General report no. 6 on the lunatic asylums, vaccination and dispensaries in the Bengal Presidency, 1873 -
Year: 1873
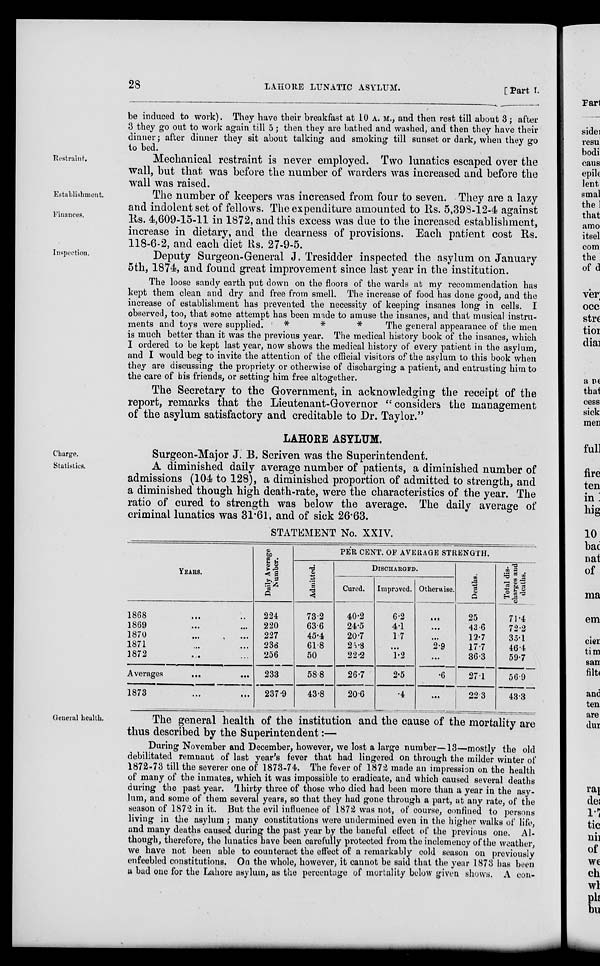
28
LAHORE LUNATIC ASYLUM.
[ Part I.
be induced to work). They have their breakfast at 10 A. M., and then rest till about 3; after
3 they go out to work again till 5; then they are bathed and washed, and then they have their
dinner; after dinner they sit about talking and smoking till sunset or dark, when they go
to bed.
Restraint.
Mechanical restraint is never employed. Two lunatics escaped over the
wall, but that was before the number of warders was increased and before the
wall was raised.
Establishment.
Finances.
The number of keepers was increased from four to seven. They are a lazy
and indolent set of fellows. The expenditure amounted to Rs. 5,398-12-4 against
Rs. 4,609-15-11 in 1872, and this excess was due to the increased establishment,
increase in dietary, and the dearness of provisions. Each patient cost Rs.
118-6-2, and each diet Rs. 27-9-5.
Inspection.
Deputy Surgeon-General J. Tresidder inspected the asylum on January
5th, 1874, and found great improvement since last year in the institution.
The loose sandy earth put down on the floors of the wards at my recommendation has
kept them clean and dry and free from smell. The increase of food has done good, and the
increase of establishment has prevented the necessity of keeping insanes long in cells. I
observed, too, that some attempt has been made to amuse the insanes, and that musical instru-
ments and toys were supplied.
*
*
*
The general appearance of the men
is much better than it was the previous year. The medical history book of the insanes, which
I ordered to be kept last year, now shows the medical history of every patient in the asylum,
and I would beg to invite the attention of the official visitors of the asylum to this book when
they are discussing the propriety or otherwise of discharging a patient, and entrusting him to
the care of his friends, or setting him free altogether.
The Secretary to the Government, in acknowledging the receipt of the
report, remarks that the Lieutenant-Governor "considers the management
of the asylum satisfactory and creditable to Dr. Taylor."
LAHORE ASYLUM.
Charge.
Surgeon-Major J. B. Scriven was the Superintendent.
Statistics.
A diminished daily average number of patients, a diminished number of
admissions (104 to 128), a diminished proportion of admitted to strength, and
a diminished though high death-rate, were the characteristics of the year. The
ratio of cured to strength was below the average. The daily average of
criminal lunatics was 31.61, and of sick 26.63.
STATEMENT No. XXIV.
YEARS.
1868 ... ...
1869 ... ...
1870 ... ...
1871 ... ...
1872 ... ...
Averages
...
...
1873 ... ...
Daily average
Number.
224
220
227
236
256
233
237.9
PER CENT. OF AVERAGE STRENGTH.
Admitted.
73.2
63.6
45.4
61.8
50
58.8
43.8
DISCHARGED.
Cured.
40.2
24.5
20.7
25.8
22.2
26.7
20.6
Improved.
6.2
4.1
1.7
...
1.2
2.5
4
Otherwise.
...
...
...
2.9
...
6
...
Deaths.
25
43.6
12.7
17.7
36.3
27.1
22.3
Total dis-
charges and
deaths.
71.4
72.2
35.1
46.4
59.7
56.9
43.3
General health.
The general health of the institution and the cause of the mortality are
thus described by the Superintendent:—
During November and December, however, we lost a large number—13—mostly the old
debilitated remnant of last year's fever that had lingered on through the milder winter of
1872-73 till the severer one of 1873-74. The fever of 1872 made an impression on the health
of many of the inmates, which it was impossible to eradicate, and which caused several deaths
during the past year, Thirty three of those who died had been more than a year in the asy-
lum, and some of them several years, so that they had gone through a part, at any rate, of the
season of 1872 in it. But the evil influence of 1872 was not, of course, confined to persons
living in the asylum ; many constitutions were undermined even in the higher walks of life,
and many deaths caused during the past year by the baneful effect of the previous one. Al-
though, therefore, the lunatics have been carefully protected from the inclemency of the weather,
we have not been able to counteract the effect of a remarkably cold season on previously
enfeebled constitutions. On the whole, however, it cannot be said that the year 1873 has been
a bad one for the Lahore asylum, as the percentage of mortality below given shows. A con-